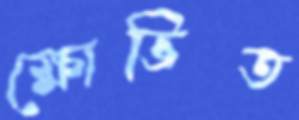
ক্ষোভিত